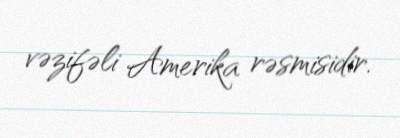
vəzifəli Amerika rəsmisidir.